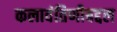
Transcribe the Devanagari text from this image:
कलावंतिणीबद्दल